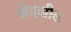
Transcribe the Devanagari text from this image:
स्नेहशील